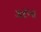
ગરબા